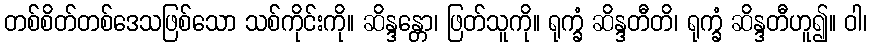
တစ်စိတ်တစ်ဒေသဖြစ်သော သစ်ကိုင်းကို။ ဆိန္ဒန္တော၊ ဖြတ်သူကို။ ရုက္ခံ ဆိန္ဒတီတိ၊ ရုက္ခံ ဆိန္ဒတီဟူ၍။ ဝါ၊